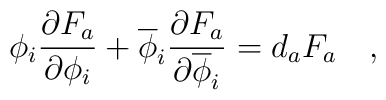
\phi_{i}{{\partial F_a}\over{\partial\phi_i}} + \overline{\phi}_{i} {{\partial F_a}\over{\partial\overline\phi_i}} = d_a F_a\quad,